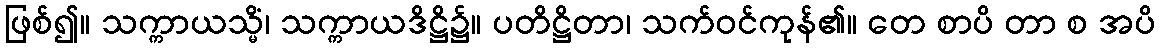
ဖြစ်၍။ သက္ကာယသ္မိံ၊ သက္ကာယဒိဋ္ဌိ၌။ ပတိဋ္ဌိတာ၊ သက်ဝင်ကုန်၏။ တေ စာပိ တာ စ အပိ